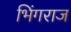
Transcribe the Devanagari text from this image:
भिंगराज